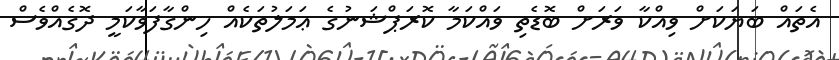
އެތައް ބަޔަކަށް ވިއްކާ ވަރަށް ބޮޑެތި ވައްކަމާ ކޮރަޕްޝަނުގެ ޢަމަލުތަކެއް ހިންގާފަވާކަމީ ދޮގެއްވެސް